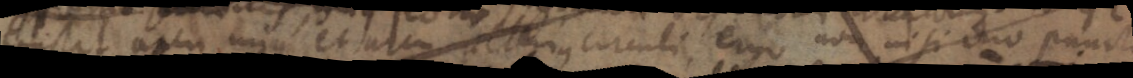
telstit aecm unique et tatcu petgrus circuli ergo non nisi duo puncto